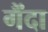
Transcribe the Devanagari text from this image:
गैंदा